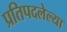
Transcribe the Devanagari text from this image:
प्रतिपदलेल्या